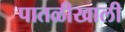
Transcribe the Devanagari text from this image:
पातळीखाली